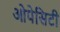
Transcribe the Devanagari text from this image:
ओपेसिटी